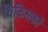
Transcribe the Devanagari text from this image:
चिकिसकों